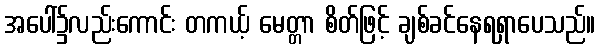
အပေါ်၌လည်းကောင်း တကယ့် မေတ္တာ စိတ်ဖြင့် ချစ်ခင်နေရရှာပေသည်။